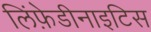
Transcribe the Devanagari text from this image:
लिंफ़ेडीनाइटिस